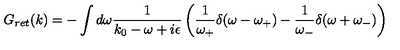
G _ { r e t } ( k ) = - \int d \omega \frac { 1 } { k _ { 0 } - \omega + i \epsilon } \left( \frac { 1 } { \omega _ { + } } \delta ( \omega - \omega _ { + } ) - \frac { 1 } { \omega _ { - } } \delta ( \omega + \omega _ { - } ) \right)